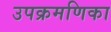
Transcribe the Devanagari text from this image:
उपक्रमणिका